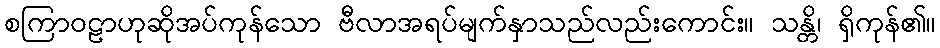
စကြာဝဠာဟုဆိုအပ်ကုန်သော ဗီလာအရပ်မျက်နှာသည်လည်းကောင်း။ သန္တိ၊ ရှိကုန်၏။